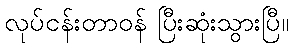
လုပ်ငန်းတာဝန် ပြီးဆုံးသွားပြီ။